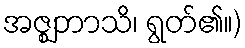
အဇ္ဈဘာသိ၊ ရွတ်၏။)